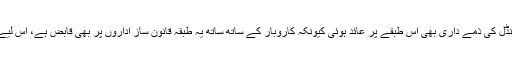
مشرف دور میں چینی کی قیمت میں اضافے کے اسکینڈل کی ذمے داری بھی اس طبقے پر عائد ہوئی کیونکہ کاروبار کے ساتھ ساتھ یہ طبقہ قانون ساز اداروں پر بھی قابض ہے، اس لیے اس طبقے کے خلاف کسی قسم کا احتساب آسان نہیں۔